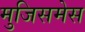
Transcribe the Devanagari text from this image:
मुजिसमेस